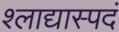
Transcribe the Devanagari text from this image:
श्लाद्यास्पदं